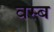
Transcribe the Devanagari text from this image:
वस्ब